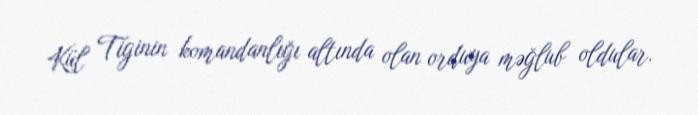
Kül Tiginin komandanlığı altında olan orduya məğlub oldular.